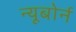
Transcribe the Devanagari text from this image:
न्यूबोर्न